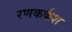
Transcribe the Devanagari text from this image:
रणकर्कश